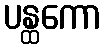
ပန္ထကော